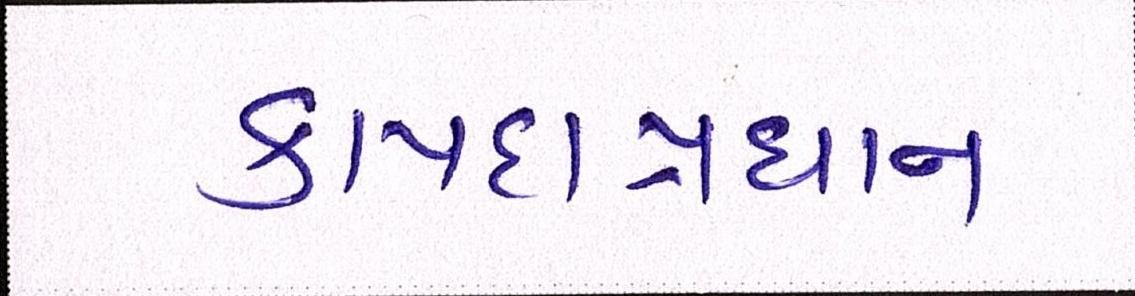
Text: કાયદાપ્રધાન